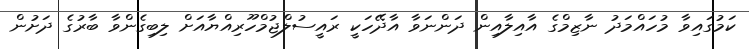
ކަމުގައިވާ މުހައްމަދު ނާޒިމްގެ އާއިލާއިން ދަންނަވާ އާދޭހަކީ ރައީސުލްޖުމްހޫރިއްޔާއަށް ލިބިގެންވާ ބާރުގެ ދަށުން